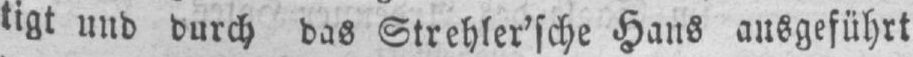
tigt und durch das Strehler’sche Hans ausgeführt